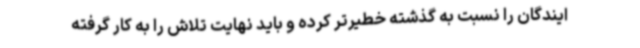
ایندگان را نسبت به گذشته خطیرتر کرده و باید نهایت تلاش را به کار گرفته